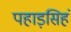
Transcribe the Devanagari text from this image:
पहाड़सिहं